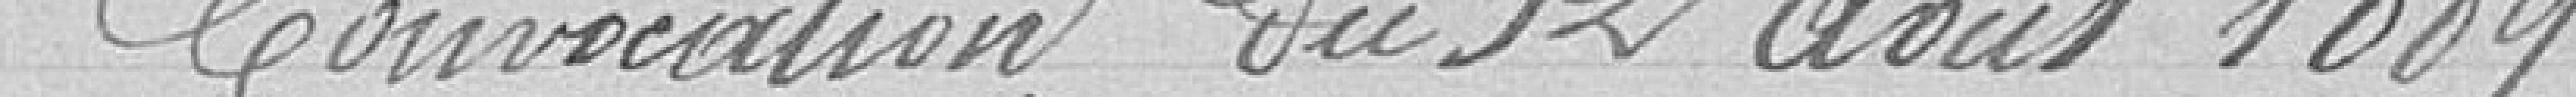
Convocation du 12 avril 1889